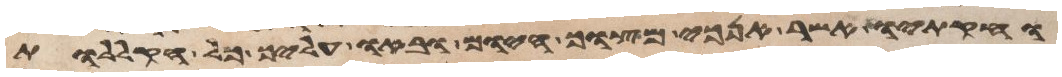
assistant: וחקתיו אשר אנכי מצוך היום ובאו עליך כל הקללות